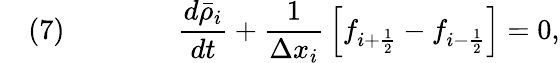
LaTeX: \quad(7)\qquad\qquad{\frac{d{\bar{\rho}}_{i}}{dt}}+{\frac{1}{\Delta x_{i}}}\left[f_{i+{\frac{1}{2}}}-f_{i-{\frac{1}{2}}}\right]=0,